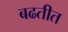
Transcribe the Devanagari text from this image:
बढतीत